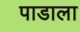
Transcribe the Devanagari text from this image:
पाडाला